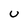
Character: U